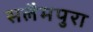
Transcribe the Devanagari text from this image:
सलैमपुरा